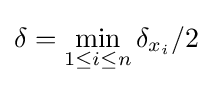
\delta =\min _{1\leq i\leq n}\delta _{x_{i}}/2